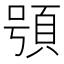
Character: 䪽